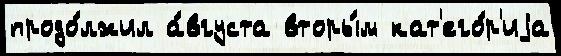
продо́лжил а́вгуста вторы́м кат'его́р'иjа